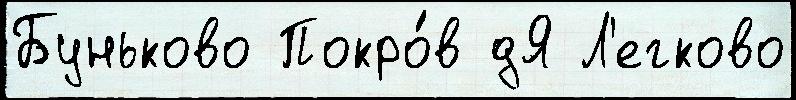
Буньково Покро́в дЯ Л'егково